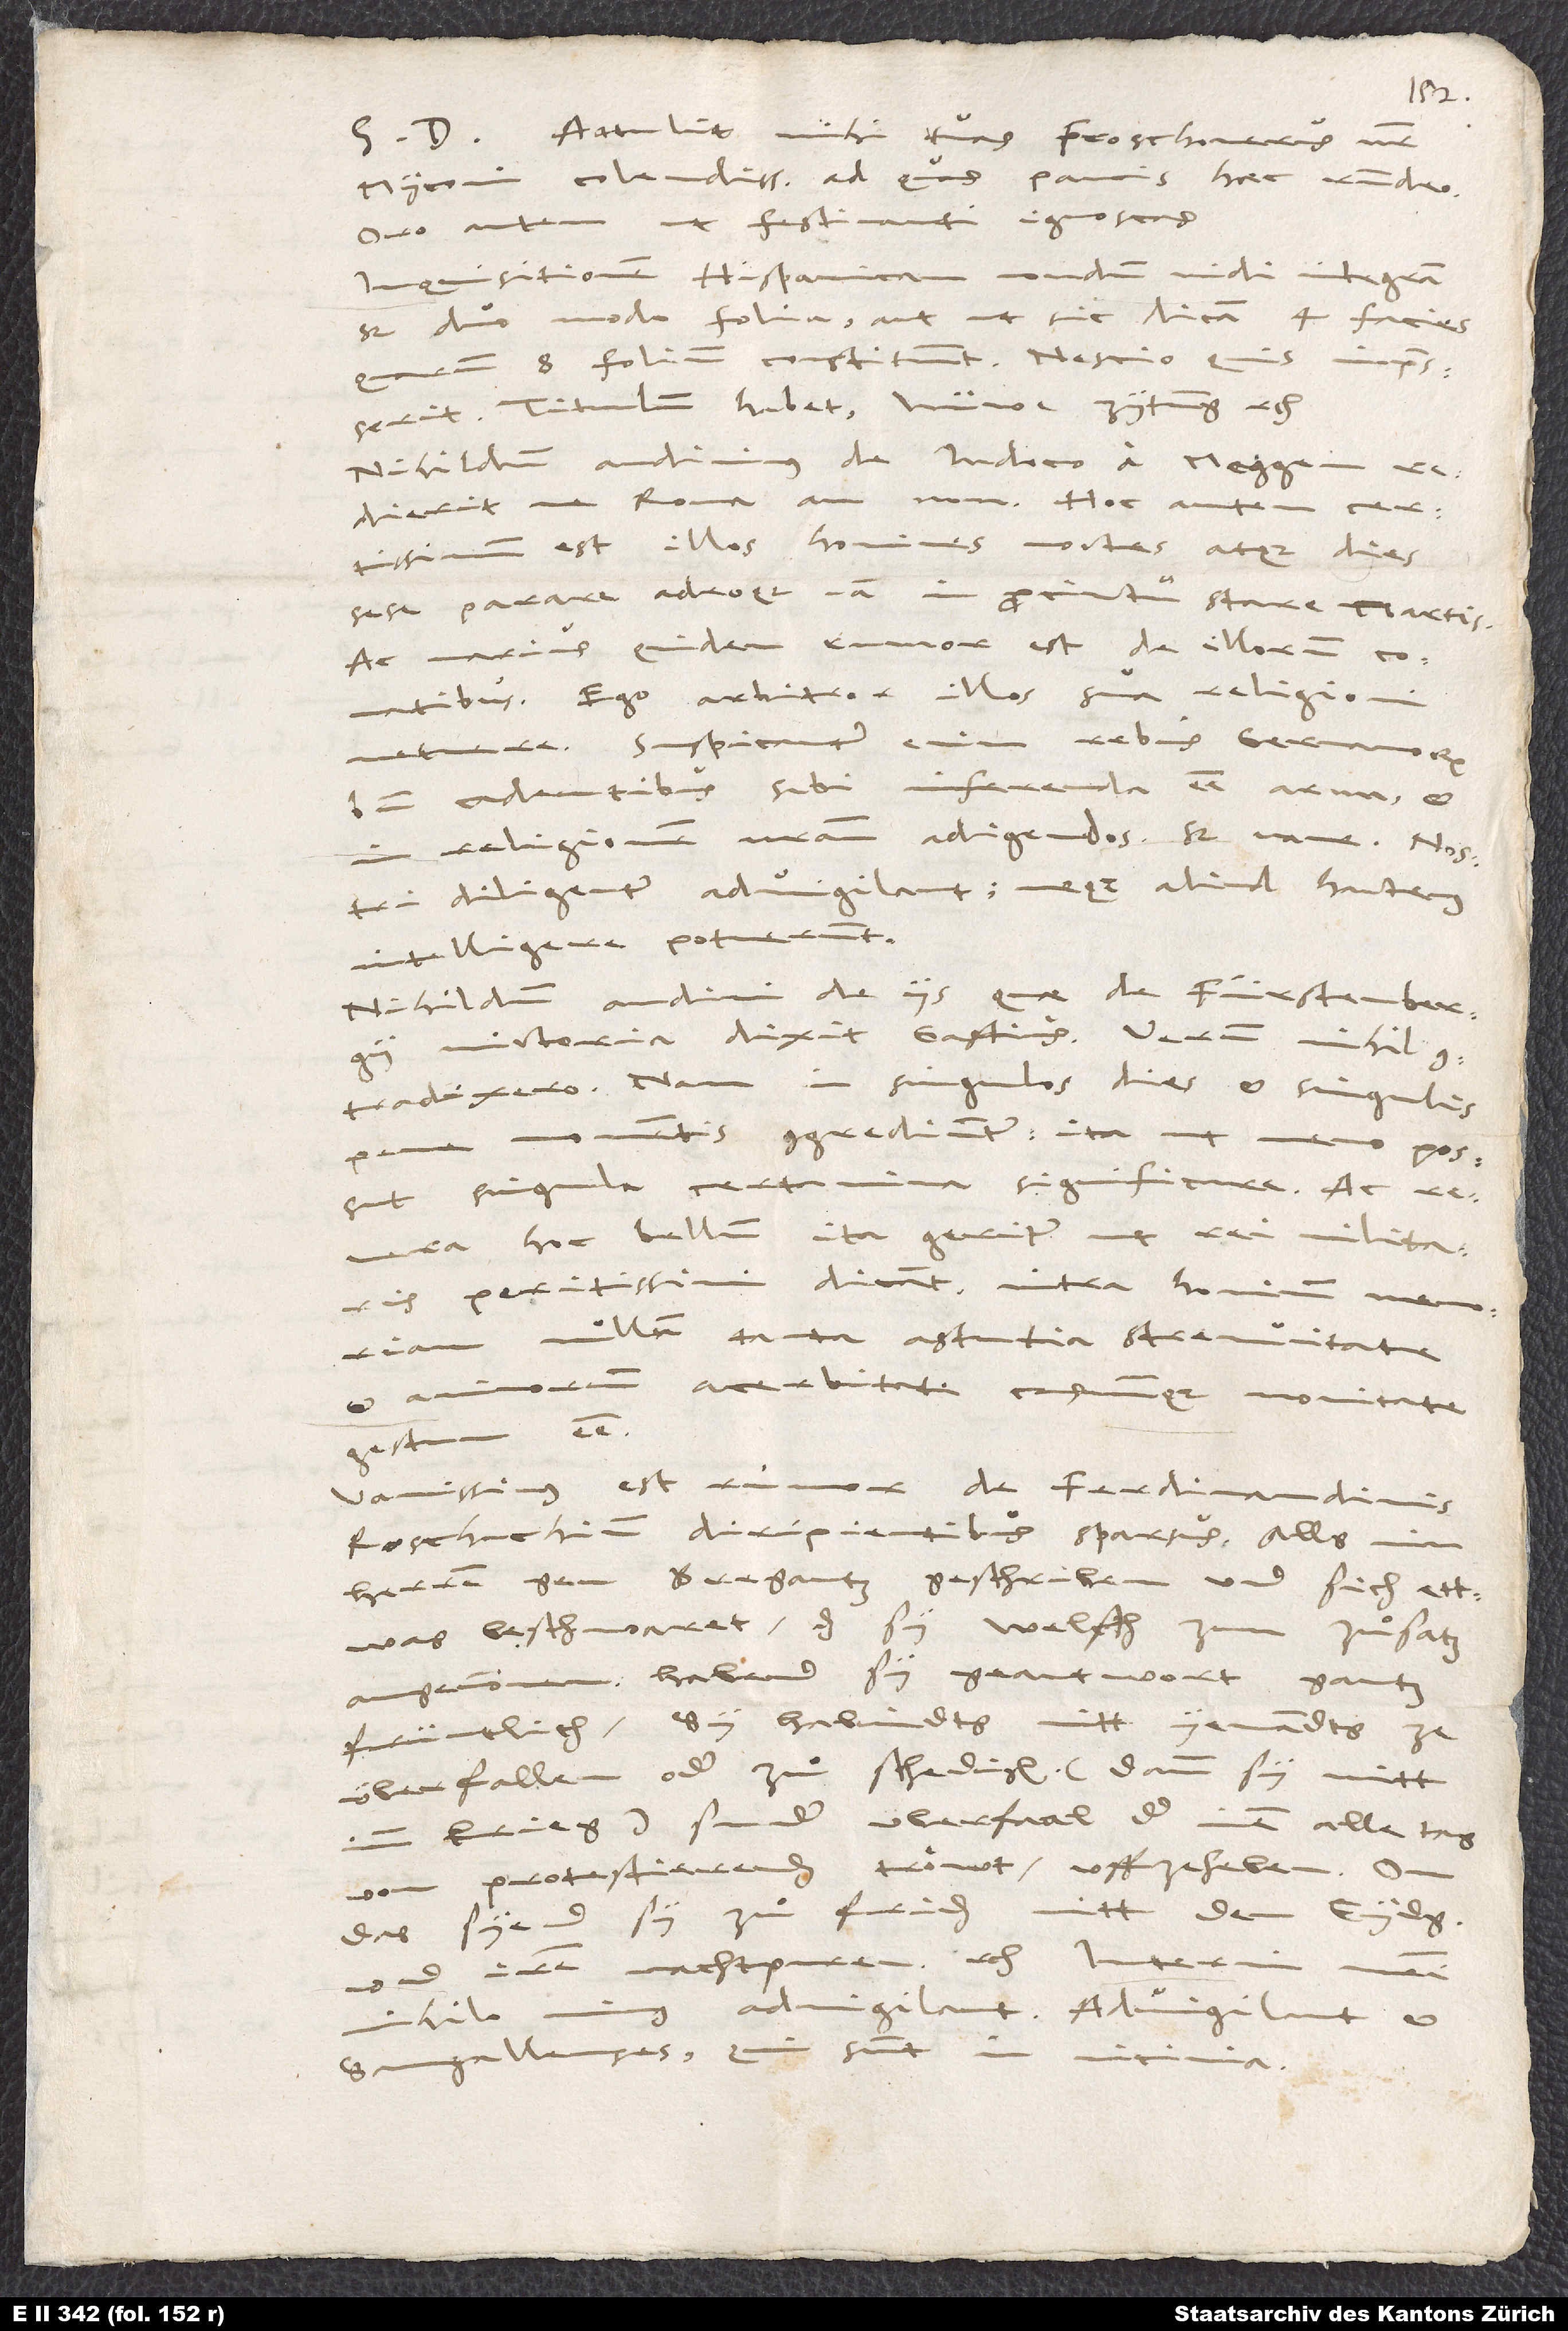
S. D. Attulit mihi tuas Froschouerus noster,
Myconi colendissime, ad quas paucis haec respondeo.
Oro autem, ut festinanti ignoscas.
Inquisitionem Hispanicam nondum vidi integram,
sed duo modo folia aut, ut sic dicam, 4 facies,
quarum 8 folium constituunt. Nescio, quis impresserit.
Titulum habet: „Nüwe zytung“, etc.
Nihildum audimus de Iudoco a Meggen,
redieritne Roma an non. Hoc autem certissimum
est illos homines noctes atque dies
sese parare adeoque iam in procinctu stare Martis.
Ac varius quidem rumor est de illorum conatibus.
Ego arbitror illos suae religioni
metuere. Suspicantur enim rebus Germanorum
bene cadentibus sibi inferenda esse arma, et
in religionem nostram adigendos, sed vane. Nostri
diligenter advigilant neque aliud hactenus
intelligere potuerunt.
Nihildum audivi de iis, quae de Fürstenbergii
victoria dixit Gastius. Verum nihil
contradixero, nam in singulos dies et singulis
momentis congrediuntur, ita ut nemo possit
singula certamina significare. Ac
revera hoc bellum ita geritur, ut rei militaris
peritissimi dicant intra hominum memoriam
nullum tanta astutia, strenuitate
et animorum acerbitate casuumque novitate
gestum esse.
Vanissimus est rumor de Ferdinandinis
Roschachium diripientibus sparsus. Alls min
herren gen Bregantz geschriben und sich ettwas
beschwaret, das sy Welsch zum zuͦsatz
angenommen, habend sy geantwort gantz
früntlich, sy habindts nitt yemandts ze
überfallen oder zuͦ schedigen (dann sy nitt
imm krieg), sunder überfaal, der inen alle tag
von Protestierenden troͤwt, uffzeheben.
das syend sy zuͦ friden mitt den Eydgnossen
und iren nachtparen, etc. Interim nostri
advigilant. Advigilant et
Sangallenses, qui sunt in vicinia.